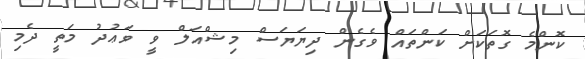
ކޮންމެ ގޮތަކަށް ކަންތައް ވެގެން ދިޔަޔަސް މިޝްއަލް ވީ ވަޢުދު މަތީ ދެމި